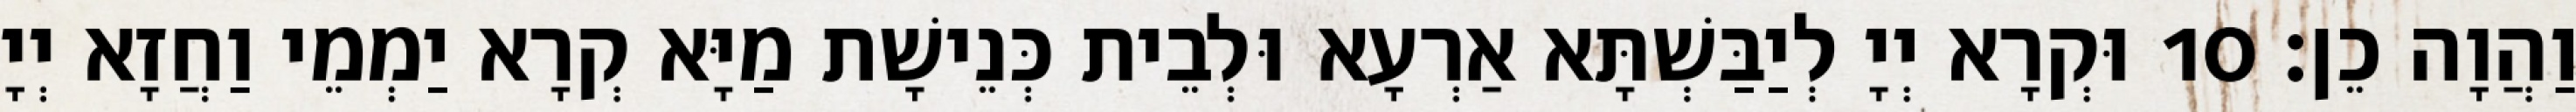
וַהֲוָה כֵן׃ 10 וּקְרָא יְיָ לְיַבַּשְׁתָּא אַרְעָא וּלְבֵית כְּנֵישָׁת מַיָּא קְרָא יַמְמֵי וַחֲזָא יְיָ